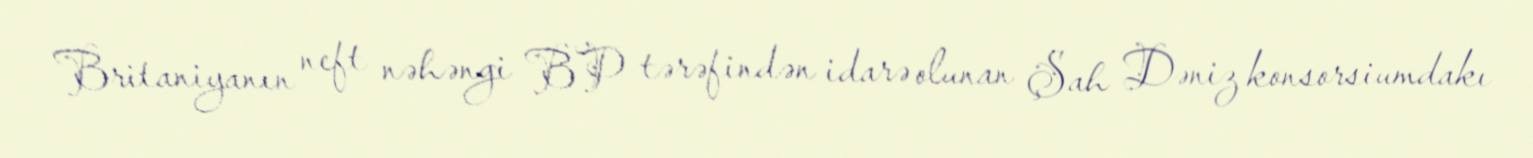
Britaniyanın neft nəhəngi BP tərəfindən idarə olunan Şah Dəniz konsorsiumdakı